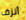
أنزف